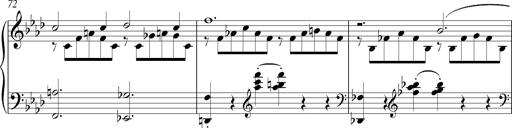
Title: LiebestrÃ¤ume
Composer: Franz Behr
Key: E-flat major